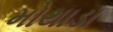
મોથાડા